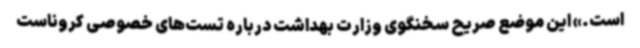
است.» این موضع صریح سخنگوی وزارت بهداشت درباره تست‌های خصوصی کروناست